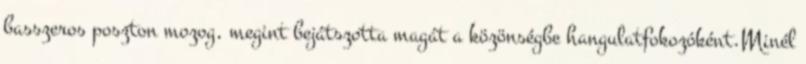
basszeros poszton mozog, megint bejátszotta magát a közönségbe hangulatfokozóként.Minél